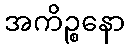
အကိဉ္စနော